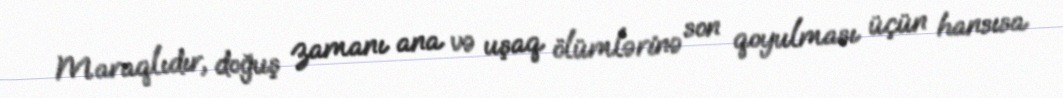
Maraqlıdır, doğuş zamanı ana və uşaq ölümlərinə son qoyulması üçün hansısa